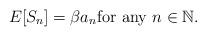
LaTeX: \begin{align*}E[S_n]=\beta a_n \mbox{for any $n \in \mathbb{N}$}. \end{align*}